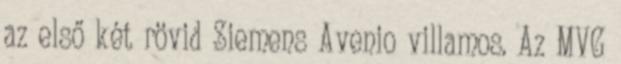
az első két rövid Siemens Avenio villamos. Az MVG